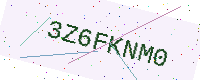
Text: 3Z6FKNM0